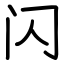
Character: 闪